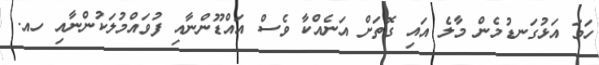
ހަމަ އަޅުގަނޑުމެން މާލެ އައި ގޮތަށް އަނެއްކާ ވެސް އައްޑޫންނާއި ފުވައްމުލަކުންނާއި ހއ.